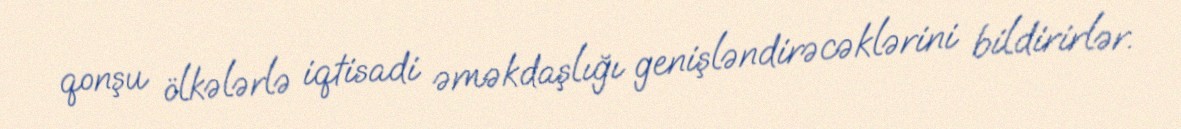
qonşu ölkələrlə iqtisadi əməkdaşlığı genişləndirəcəklərini bildirirlər.